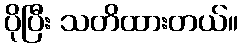
ပိုပြီး သတိထားတယ်။